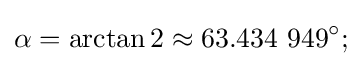
\alpha =\arctan 2\approx 63.434~949^{\circ };